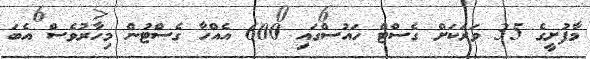
މާފުށީގެ 35 ވަރަކަށް ގެސްޓް ހައުސްގައި 600 އެއްހާ ގެސްޓުން މިހާރުވެސް އެބަ